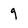
Character: 9